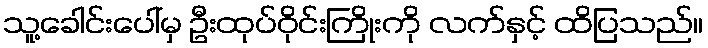
သူ့ခေါင်းပေါ်မှ ဦးထုပ်ဝိုင်းကြိုးကို လက်နှင့် ထိပြသည်။